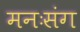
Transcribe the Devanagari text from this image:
मनःसंग